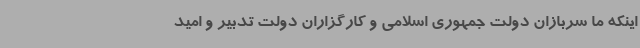
اینکه ما سربازان دولت جمهوری اسلامی و کارگزاران دولت تدبیر و امید